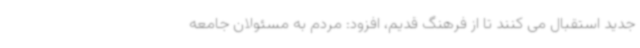
جدید استقبال می کنند تا از فرهنگ قدیم، افزود: مردم به مسئولان جامعه